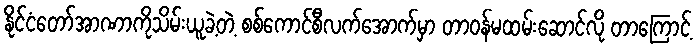
နိုင်ငံတော်အာဏာကိုသိမ်းယူခဲ့တဲ့ စစ်ကောင်စီလက်အောက်မှာ တာဝန်မထမ်းဆောင်လို တာကြောင့်